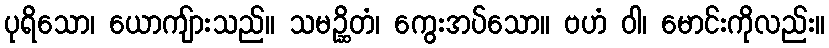
ပုရိသော၊ ယောကျ်ားသည်။ သမဉ္ဆိတံ၊ ကွေးအပ်သော။ ဗဟံ ဝါ၊ မောင်းကိုလည်း။